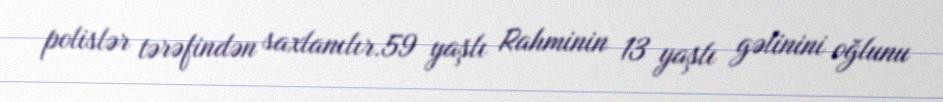
polislər tərəfindən saxlanılır.59 yaşlı Rahminin 13 yaşlı gəlinini oğlunu